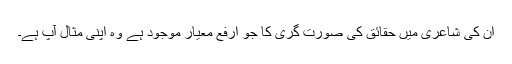
ان کی شاعری میں حقائق کی صورت گری کا جو ارفع معیار موجود ہے وہ اپنی مثال آپ ہے۔